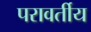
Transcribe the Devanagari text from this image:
परावर्तीय